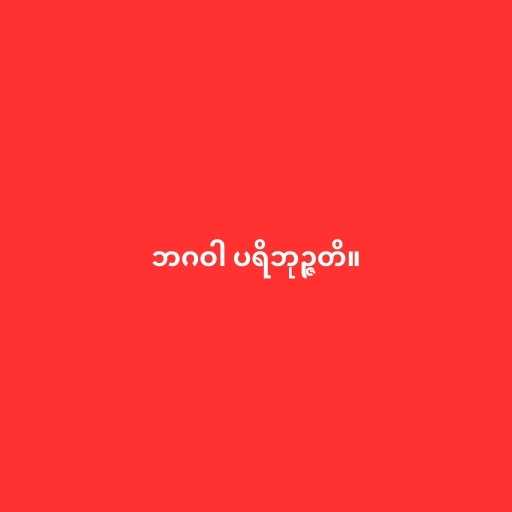
ဘဂဝါ ပရိဘုဉ္ဇတိ။